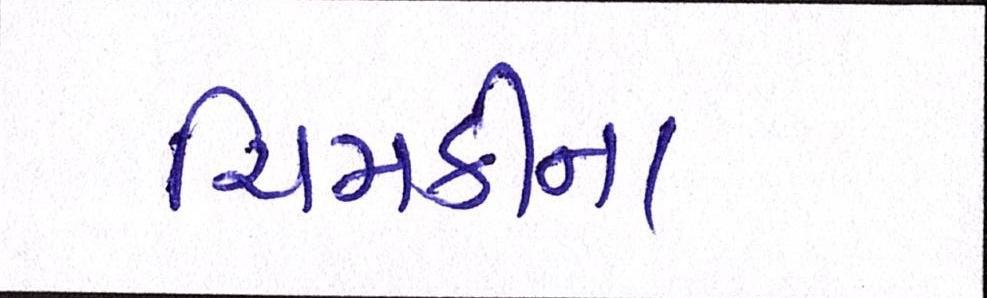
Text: ચિમકીના